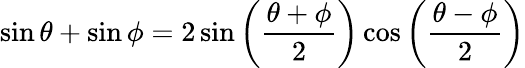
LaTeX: \sin\theta+\sin\phi=2\sin\left({\frac{\theta+\phi}{2}}\right)\cos\left({\frac{\theta-\phi}{2}}\right)